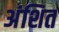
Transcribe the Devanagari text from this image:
अंशित